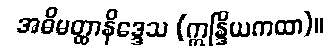
အဓိမတ္ထာနိဒ္ဒေသ (ဣန္ဒြိယကထာ)။